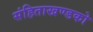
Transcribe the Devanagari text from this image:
संहिताखण्डको